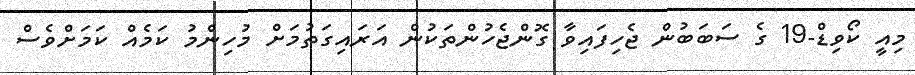
މިއީ ކޯވިޑް-19 ގެ ސަބަބުން ޖެހިފައިވާ ގޮންޖެހުންތަކުން އަރައިގަތުމަށް މުހިންމު ކަމެއް ކަމަށްވެސް